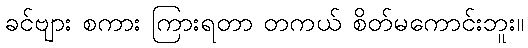
ခင်ဗျား စကား ကြားရတာ တကယ် စိတ်မကောင်းဘူး။